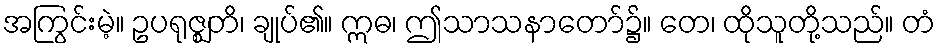
အကြွင်းမဲ့။ ဥပရုဇ္ဈတိ၊ ချုပ်၏။ ဣဓ၊ ဤသာသနာတော်၌။ တေ၊ ထိုသူတို့သည်။ တံ